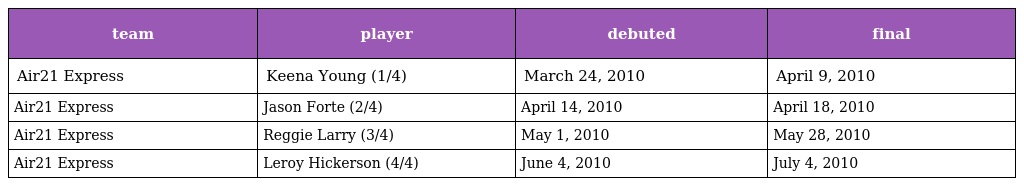
| team | player | debuted | final |
 | --- | --- | --- | --- |
 | Air21 Express | Keena Young (1/4) | March 24, 2010 | April 9, 2010 |
 | Air21 Express | Jason Forte (2/4) | April 14, 2010 | April 18, 2010 |
 | Air21 Express | Reggie Larry (3/4) | May 1, 2010 | May 28, 2010 |
 | Air21 Express | Leroy Hickerson (4/4) | June 4, 2010 | July 4, 2010 |